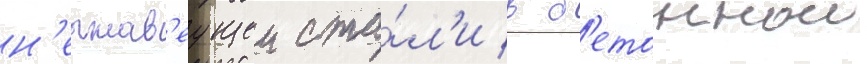
н'ержав'еущеи ста́л'и в б'етоннои